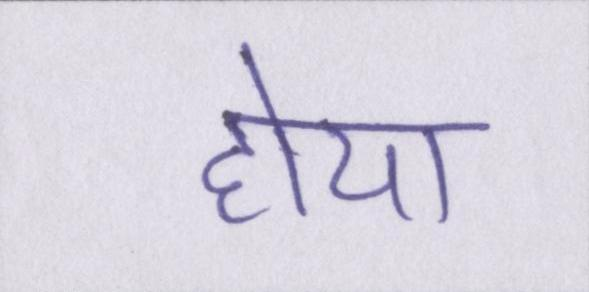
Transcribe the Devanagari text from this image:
होया